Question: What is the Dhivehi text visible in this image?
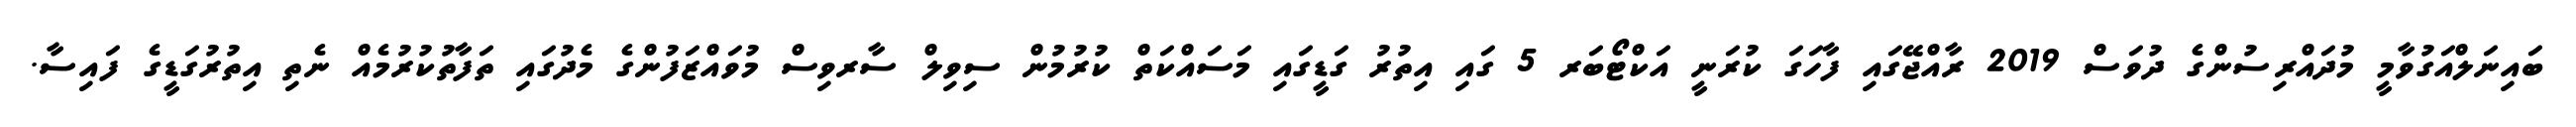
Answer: ބައިނަލްއަގުވާމީ މުދައްރިސުންގެ ދުވަސް 2019 ރާއްޖޭގައި ފާހަގަ ކުރަނީ އަކްޓޯބަރ 5 ގައި އިތުރު ގަޑީގައި މަސައްކަތް ކުރުމުން ސިވިލް ސާރވިސް މުވައްޒަފުންގެ މެދުގައި ތަފާތުކުރުމެއް ނެތި އިތުރުގަޑީގެ ފައިސާ.